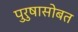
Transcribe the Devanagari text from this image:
पुरुषासोबत